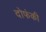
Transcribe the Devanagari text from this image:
दोफंकी